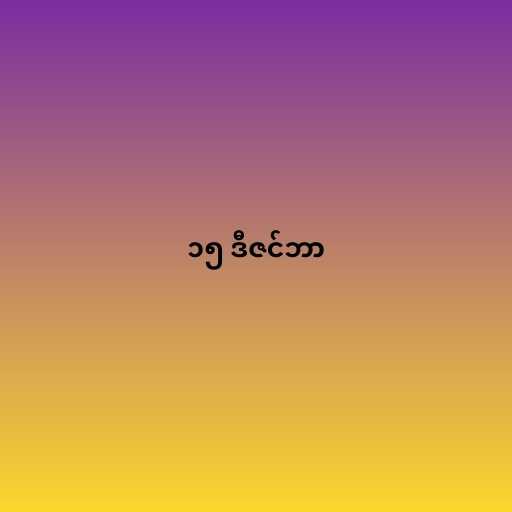
၁၅ ဒီဇင်ဘာ